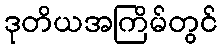
ဒုတိယအကြိမ်တွင်